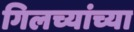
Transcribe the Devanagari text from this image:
गिलच्यांच्या